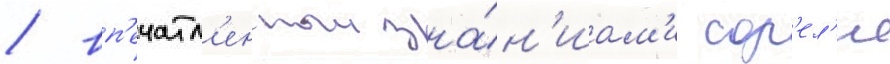
/ вп'ечатл'енныи зна́н'иам'и сор'ел'я